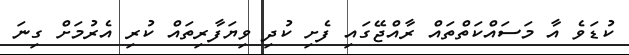
ކުޑަވެ އާ މަސައްކަތްތައް ރާއްޖޭގައި ފެށި ކުދި ވިޔަފާރިތައް ކުރި އެރުމަށް ގިނަ